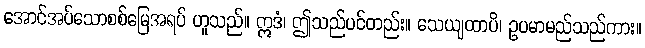
အောင်အပ်သောစစ်မြေအရပ် ဟူသည်။ ဣဒံ၊ ဤသည်ပင်တည်း။ သေယျထာပိ၊ ဥပမာမည်သည်ကား။